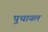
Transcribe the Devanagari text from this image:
पुथायल